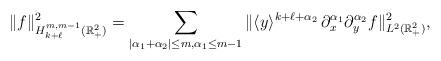
LaTeX: \begin{align*}\|f\|^2_{H^{m, m-1}_{k+\ell}(\mathbb{R}^2_+)}=\sum_{|\alpha_1+\alpha_2|\le m, \alpha_1\le m-1}\|\langle y\rangle^{k+\ell+\alpha_2}\,\partial^{\alpha_1}_x \partial^{\alpha_2}_y f\|_{L^{2}(\mathbb{R}^2_+)}^2,\end{align*}